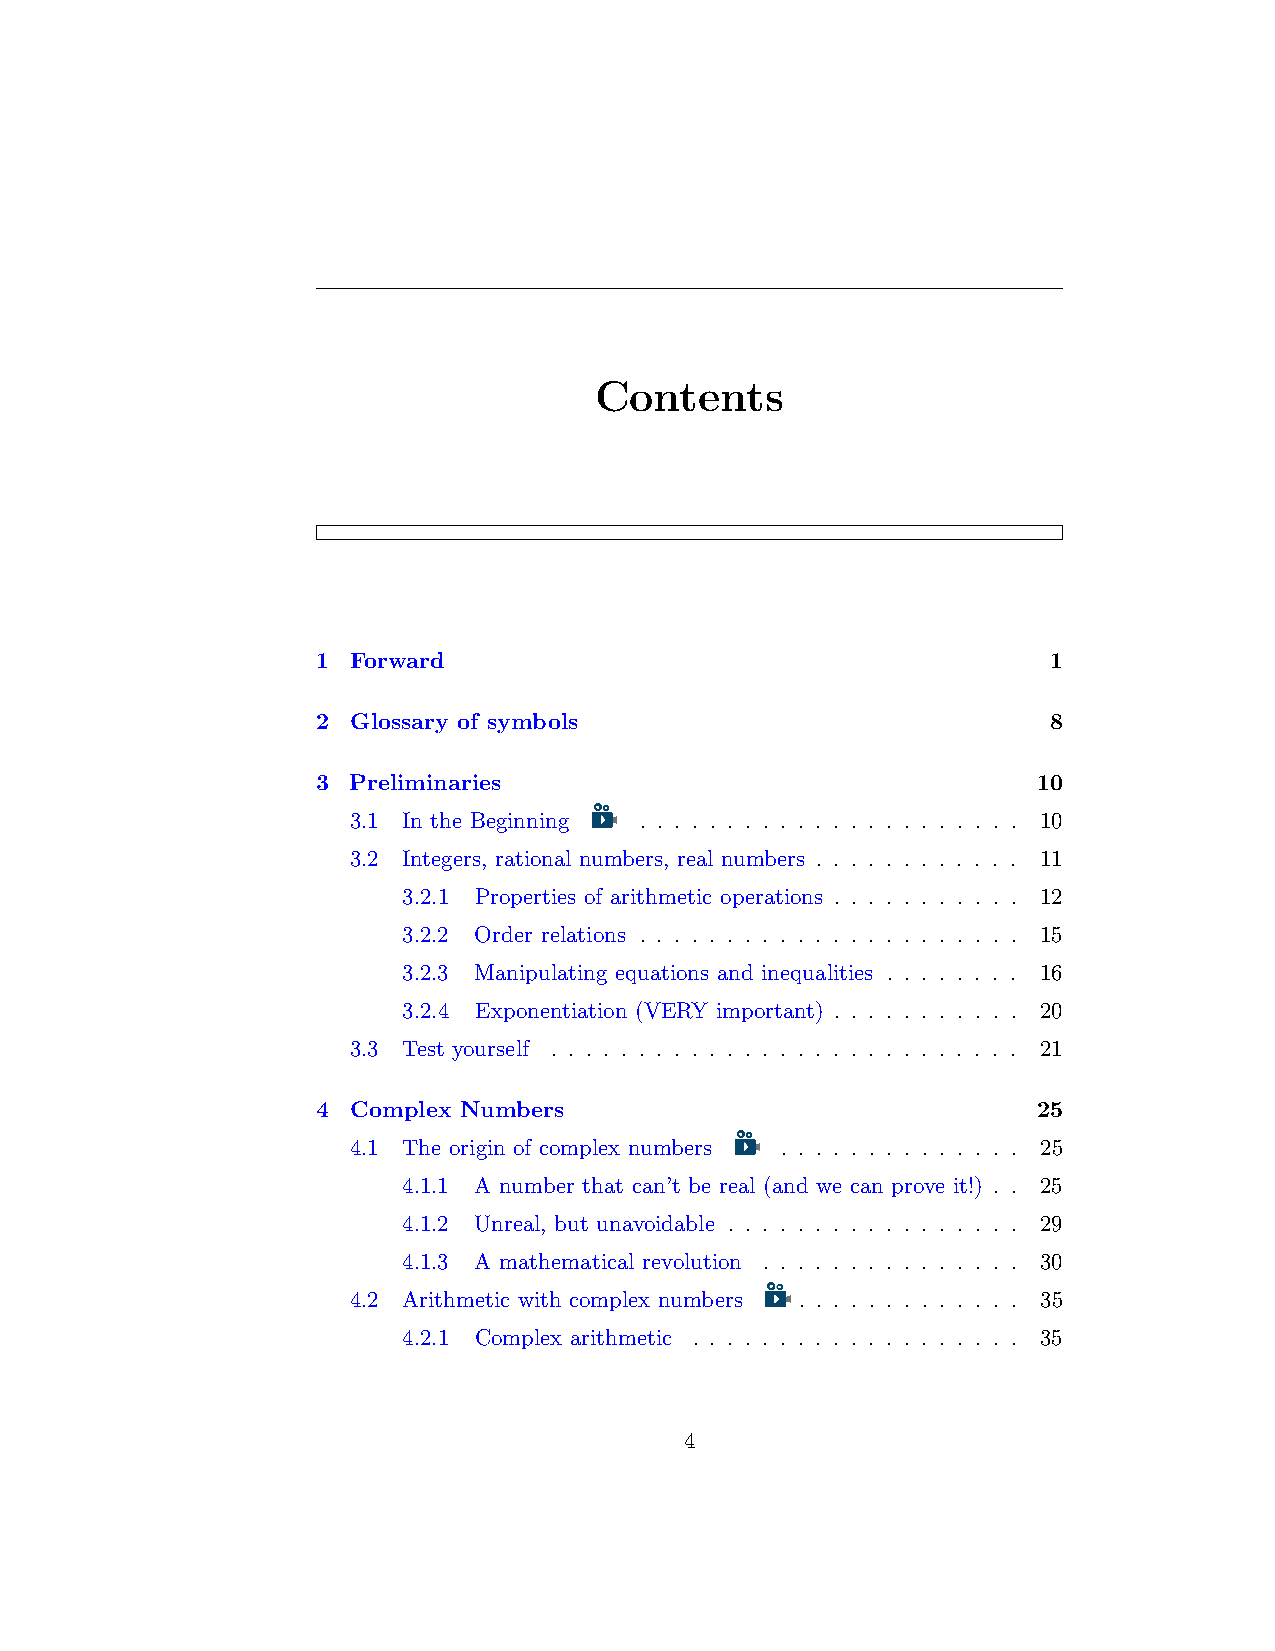
Contents
 1 Forward                                        1
 2 Glossary of symbols                            8
 3 Preliminaries                                 10
 3.1 In the Beginning . . . . . . . . . . . . . . . . . . . . . . 10
 3.2 Integers, rational numbers, real numbers . . . . . . . . . . . . 11
 3.2.1 Properties of arithmetic operations . . . . . . . . . . . 12
 3.2.2 Order relations . . . . . . . . . . . . . . . . . . . . . . 15
 3.2.3 Manipulating equations and inequalities . . . . . . . . 16
 3.2.4 Exponentiation (VERY important) . . . . . . . . . . . 20
 3.3 Test yourself . . . . . . . . . . . . . . . . . . . . . . . . . . . 21
 4 Complex Numbers                               25
 4.1 The origin of complex numbers . . . . . . . . . . . . . . 25
 4.1.1 A number that can’t be real (and we can prove it!) . . 25
 4.1.2 Unreal, but unavoidable . . . . . . . . . . . . . . . . . 29
 4.1.3 A mathematical revolution . . . . . . . . . . . . . . . 30
 4.2 Arithmetic with complex numbers . . . . . . . . . . . . . 35
 4.2.1 Complex arithmetic . . . . . . . . . . . . . . . . . . . 35
 4